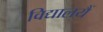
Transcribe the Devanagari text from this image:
विद्यालयैं